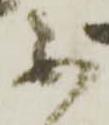
不